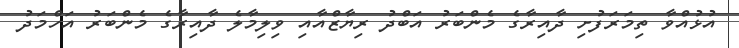
އުޅުއްވާ ތިމަރަފުށި ދާއިރާގެ މެންބަރު އަބްދު ރިޔާޒްއާއި ވިލިމާލެ ދާއިރާގެ މެންބަރު އަހްމަދު